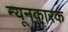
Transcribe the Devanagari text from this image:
न्यूनकारक